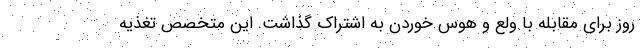
روز برای مقابله با ولع و هوس خوردن به اشتراک گذاشت. این متخصص تغذیه